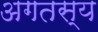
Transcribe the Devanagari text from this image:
अगतस्य